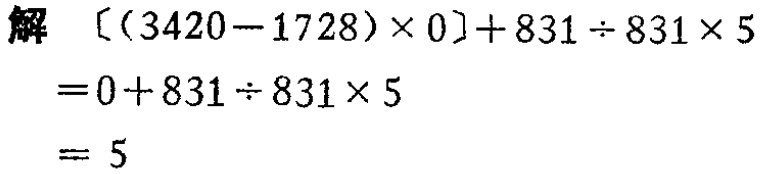
解 \([(3420 - 1728)\times0]+831\div831\times5\)

\(=0 + 831\div831\times5\)

\(= 5\)